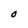
Character: O